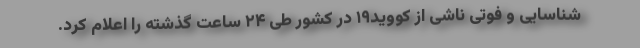
شناسایی و فوتی ناشی از کووید۱۹ در کشور طی ۲۴ ساعت گذشته را اعلام کرد.